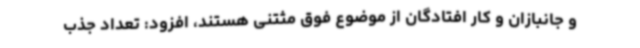
و جانبازان و کار افتادگان از موضوع فوق مثتنی هستند، افزود: تعداد جذب